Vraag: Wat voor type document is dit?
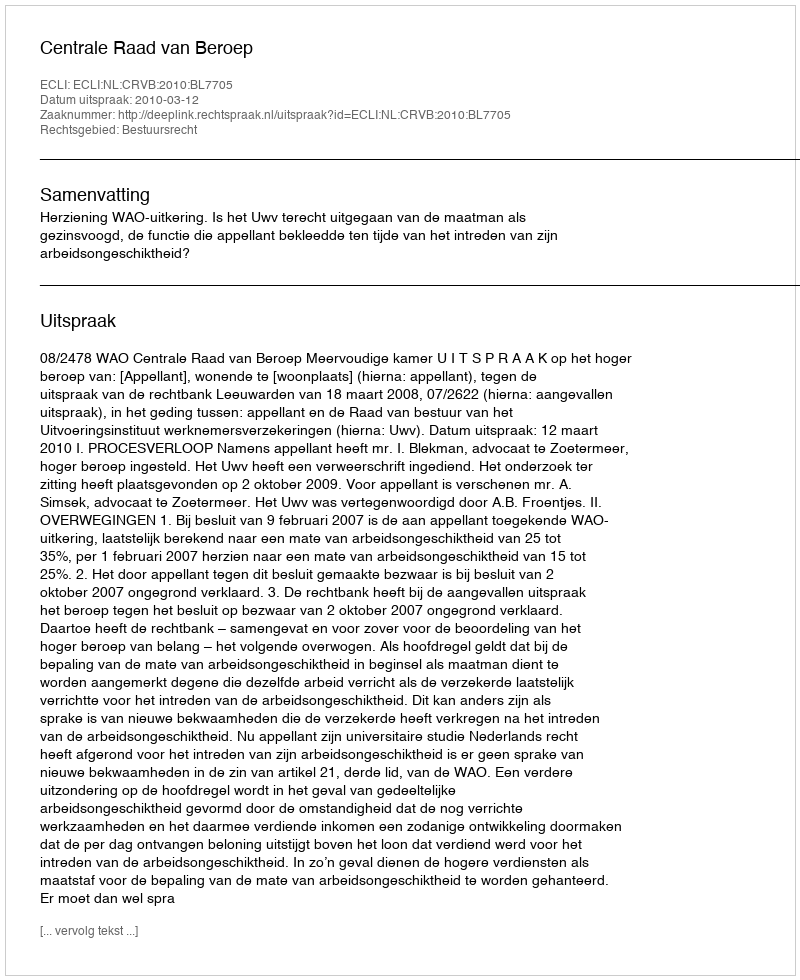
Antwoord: Uitspraak